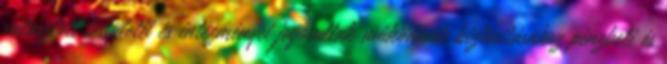
választott testületei és intézményei jogosultak működésük biztosításához pénzbeli és